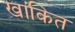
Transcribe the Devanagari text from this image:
खांकित